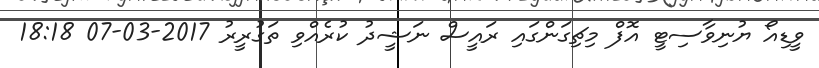
ވީޑިއޯ ޔުނިވާސިޓީ އޮފް މިޗިގަންގައި ރައީސް ނަޝީދު ކުރެއްވި ތަގުރީރު 2017-03-07 18:18